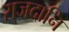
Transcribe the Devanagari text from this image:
राजदानि